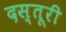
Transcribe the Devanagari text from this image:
दस्तूरी